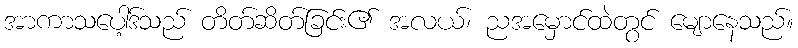
အာကာသပေါ့ဒ်သည် တိတ်ဆိတ်ခြင်း၏ အလယ်၊ ညအမှောင်ထဲတွင် မျောနေသည်။